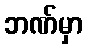
ဘဏ်မှာ